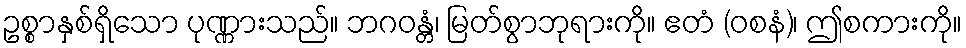
ဥစ္စာနှစ်ရှိသော ပုဏ္ဏားသည်။ ဘဂဝန္တံ၊ မြတ်စွာဘုရားကို။ ဧတံ (ဝစနံ)၊ ဤစကားကို။